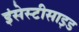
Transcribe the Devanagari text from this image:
इंसेस्टीसाइड